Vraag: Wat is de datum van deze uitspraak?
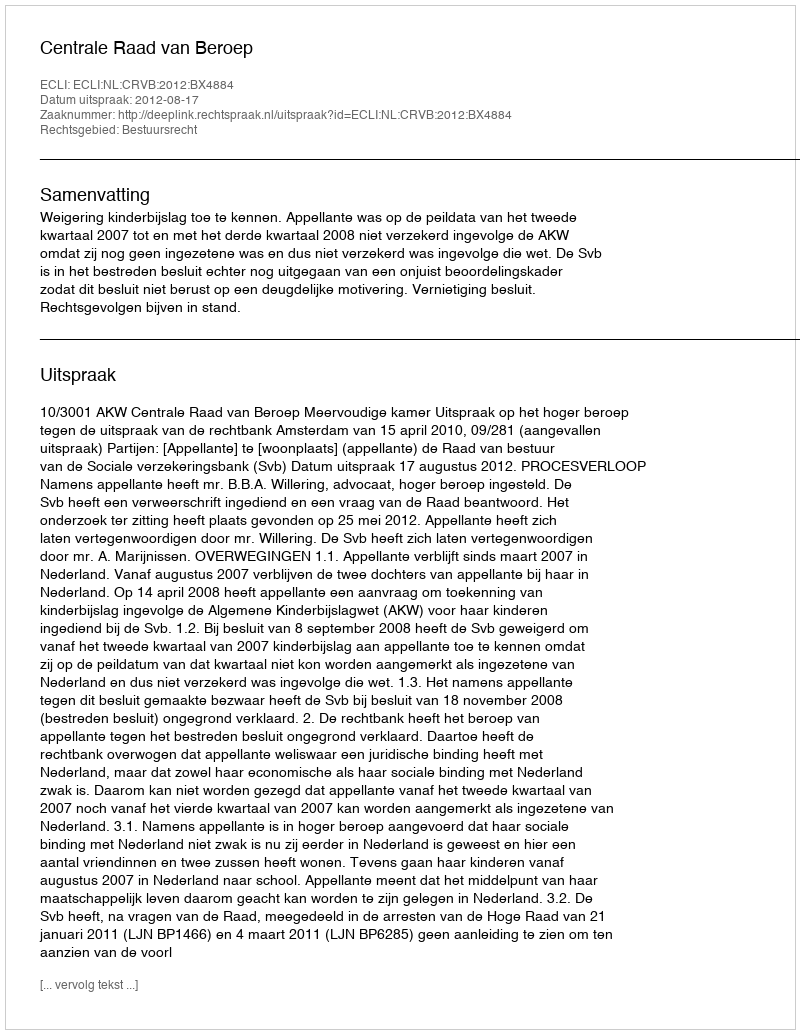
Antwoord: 2012-08-17